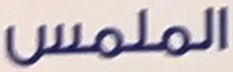
الملمس